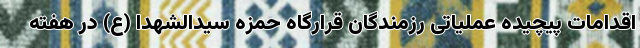
اقدامات پیچیده عملیاتی رزمندگان قرارگاه حمزه سیدالشهدا (ع) در هفته